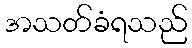
အသတ်ခံရသည်